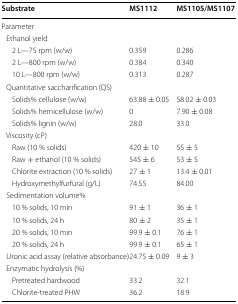
<table><thead><tr><td><b>Substrate</b></td><td><b>MS1112</b></td><td><b>MS1105/MS1107</b></td></tr></thead><tbody><tr><td colspan="3">Parameter</td></tr><tr><td> Ethanol yield</td><td></td><td></td></tr><tr><td>2 L—75 rpm (w/w)</td><td>0.359</td><td>0.286</td></tr><tr><td>2 L—800 rpm (w/w)</td><td>0.384</td><td>0.340</td></tr><tr><td>10 L—800 rpm (w/w)</td><td>0.313</td><td>0.287</td></tr><tr><td colspan="3"> Quantitative saccharification (QS)</td></tr><tr><td>Solids% cellulose (w/w)</td><td>63.88 ± 0.05</td><td>58.02 ± 0.03</td></tr><tr><td>Solids% hemicellulose (w/w)</td><td>0</td><td>7.90 ± 0.08</td></tr><tr><td>Solids% lignin (w/w)</td><td>28.0</td><td>33.0</td></tr><tr><td colspan="3"> Viscosity (cP)</td></tr><tr><td>Raw (10 % solids)</td><td>420 ± 10</td><td>55 ± 5</td></tr><tr><td>Raw + ethanol (10 % solids)</td><td>545 ± 6</td><td>53 ± 5</td></tr><tr><td>Chlorite extraction (10 % solids)</td><td>27 ± 1</td><td>13.4 ± 0.01</td></tr><tr><td>Hydroxymethylfurfural (g/L)</td><td>74.55</td><td>84.00</td></tr><tr><td colspan="3"> Sedimentation volume%</td></tr><tr><td>10 % solids, 10 min</td><td>91 ± 1</td><td>36 ± 1</td></tr><tr><td>10 % solids, 24 h</td><td>80 ± 2</td><td>35 ± 1</td></tr><tr><td>20 % solids, 10 min</td><td>99.9 ± 0.1</td><td>76 ± 1</td></tr><tr><td>20 % solids, 24 h</td><td>99.9 ± 0.1</td><td>65 ± 1</td></tr><tr><td> Uronic acid assay (relative absorbance)</td><td>24.75 ± 0.09</td><td>9 ± 3</td></tr><tr><td colspan="3"> Enzymatic hydrolysis (%)</td></tr><tr><td>Pretreated hardwood</td><td>33.2</td><td>32.1</td></tr><tr><td>Chlorite-treated PHW</td><td>36.2</td><td>18.9</td></tr></tbody></table>